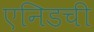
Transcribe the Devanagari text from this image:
एनिडची